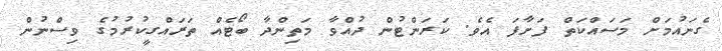
ގެނައުމަށް މަސައްކަތް ފަށާފަ އެވެ. ކަރަންޓުން ދުއްވާ މަތިންދާ ބޯޓެއް ތަރައްގީކުރުމުގެ ވިސްނުން